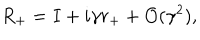
R _ { + } = I + i \gamma r _ { + } + { \cal O } ( \gamma ^ { 2 } ) ,